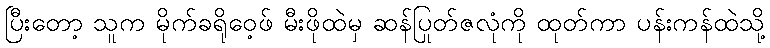
ပြီးတော့ သူက မိုက်ခရိုဝေ့ဖ် မီးဖိုထဲမှ ဆန်ပြုတ်ဇလုံကို ထုတ်ကာ ပန်းကန်ထဲသို့